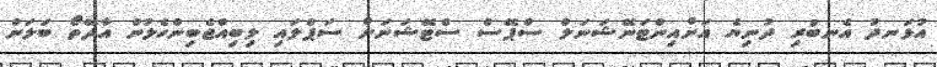
އުޅަނދު އެނބުރި ދުނިޔެ އަށްއިންޓަނޭޝަނަލް ސްޕޭސް ސްޓޭޝަނަށް ސަޕްލައި ލިބިއްޖެބިންހެލުން އާދޭތޯ ބަލަން